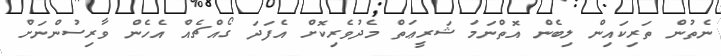
ނެތުން ތަރިކައިން ލިބެން އޮތްނަމަ ޝަރީޢަތް މެދުވެރިކޮށް އެފަދަ ގޯއްޗެއް އެހެން ވާރިސުންނަށް